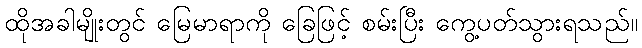
ထိုအခါမျိုးတွင် မြေမာရာကို ခြေဖြင့် စမ်းပြီး ကွေ့ပတ်သွားရသည်။